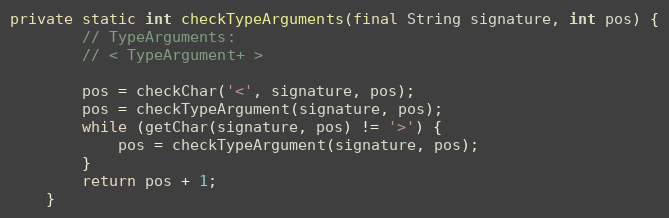
Language: Java
private static int checkTypeArguments(final String signature, int pos) {
        // TypeArguments:
        // < TypeArgument+ >

        pos = checkChar('<', signature, pos);
        pos = checkTypeArgument(signature, pos);
        while (getChar(signature, pos) != '>') {
            pos = checkTypeArgument(signature, pos);
        }
        return pos + 1;
    }